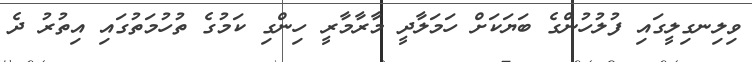
ވިލިނގިލީގައި ފުލުހުންގެ ބަޔަކަށް ހަމަލާދީ މާރާމާރީ ހިންގި ކަމުގެ ތުހުމަތުގައި އިތުރު ދެ